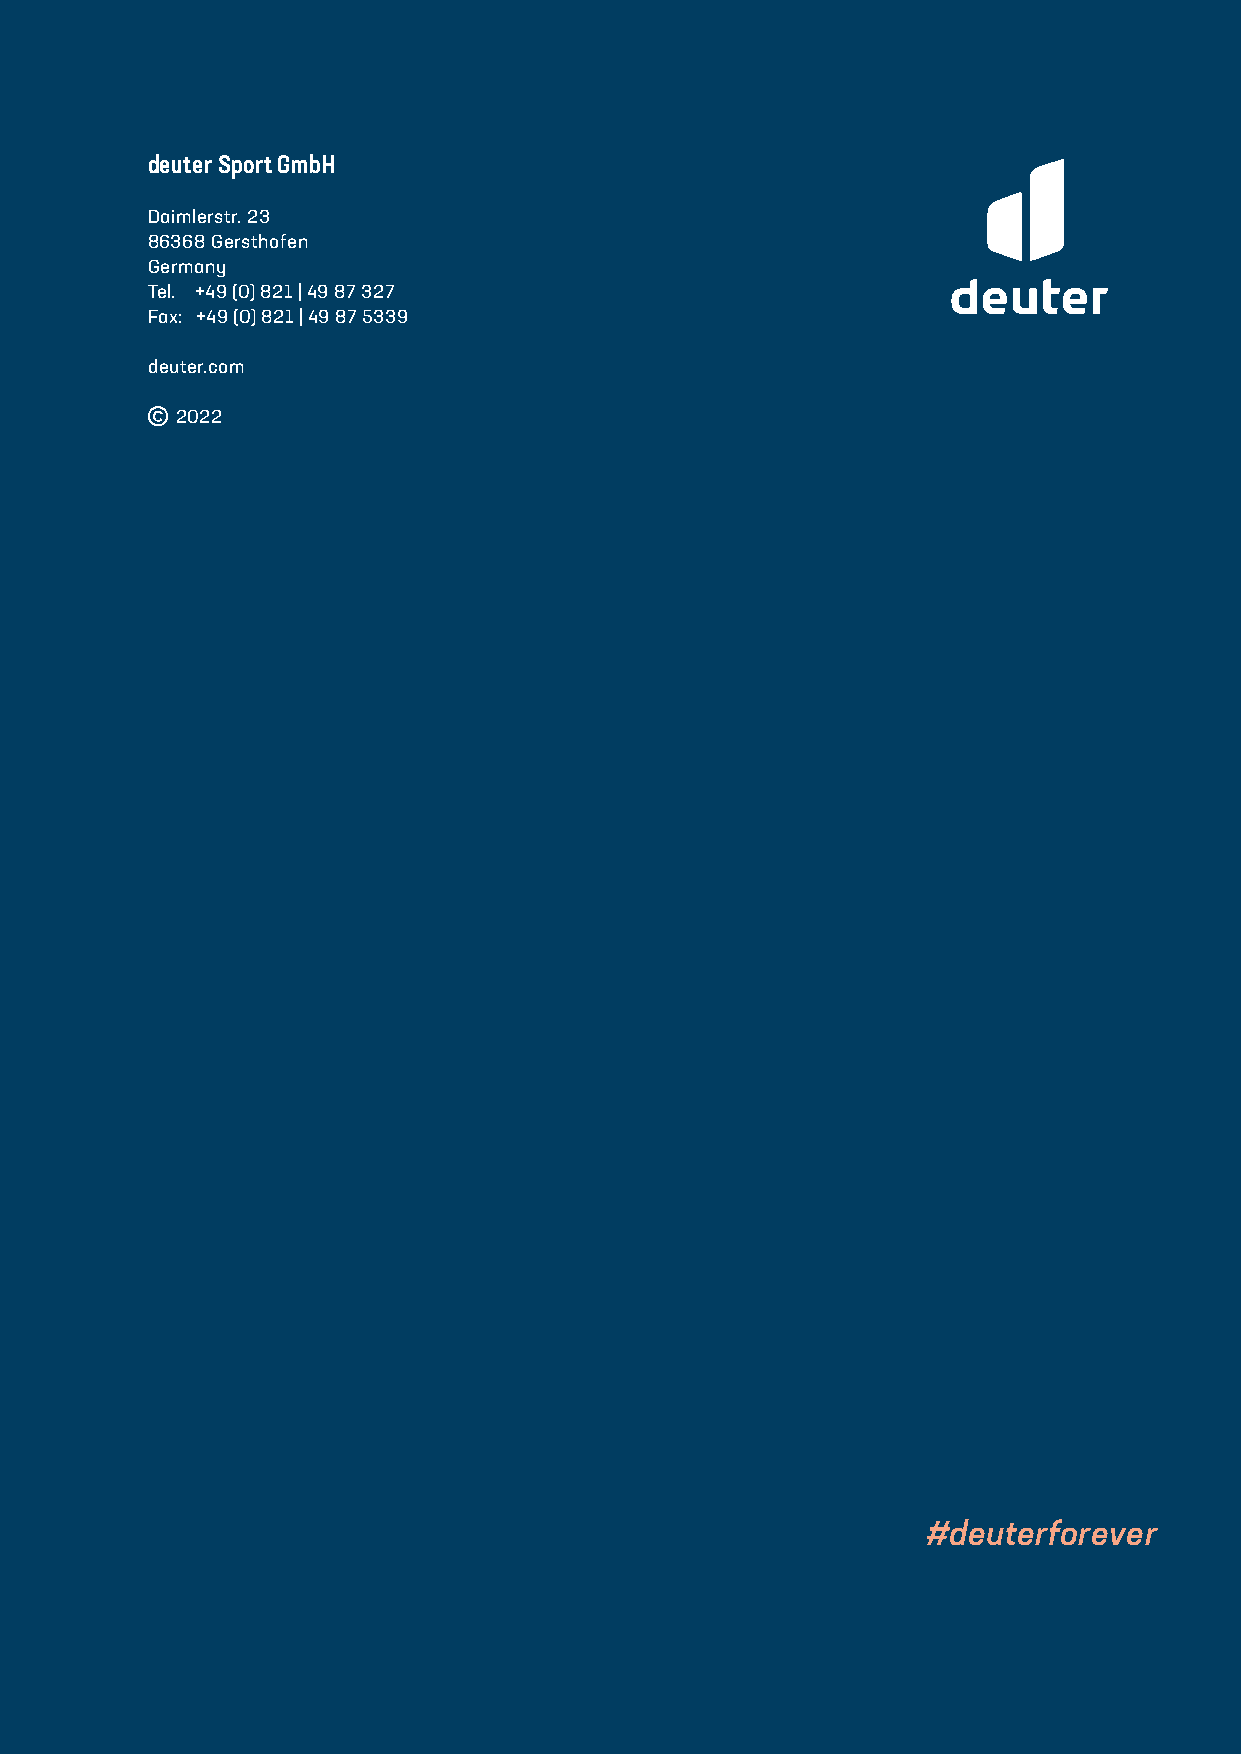
deuter Sport GmbH
 Daimlerstr. 23
 86368 Gersthofen
 Germany
 Tel. +49 (0) 821 | 49 87 327
 Fax: +49 (0) 821 | 49 87 5339
 deuter.com
 © 2022
 10
 #deuterforever